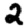
Digit: 2